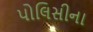
પોલિસીના